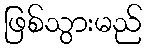
ဖြစ်သွားမည်